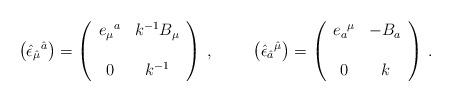
LaTeX: \begin{align*}\left( \hat{\epsilon}_{\hat{\mu}}{}^{\hat{a}} \right)=\left(\begin{array}{cc}e_{\mu}{}^{a} & k^{-1} B_{\mu} \\& \\0 & k^{-1} \\\end{array}\right)\, ,\hspace{1cm}\left( \hat{\epsilon}_{\hat{a}}{}^{\hat{\mu}}\right)=\left(\begin{array}{cc}e_{a}{}^{\mu} & -B_{a} \\& \\0 & k \\\end{array}\right)\, .\end{align*}